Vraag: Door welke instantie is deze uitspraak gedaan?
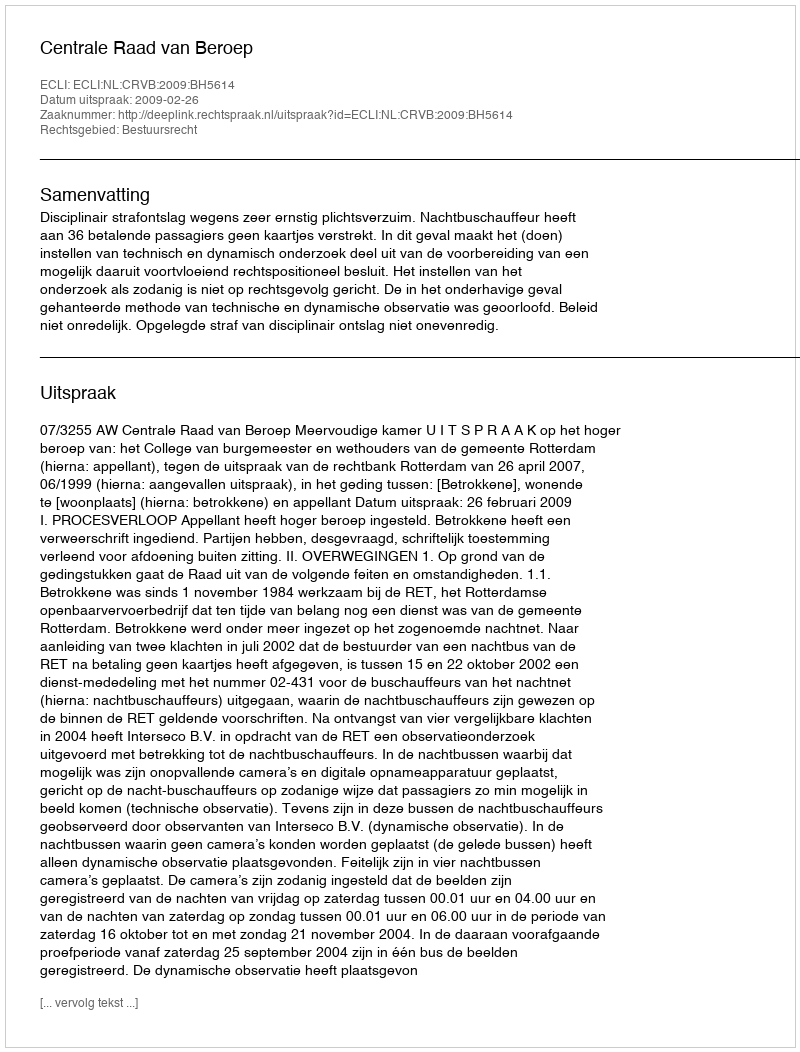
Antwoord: Centrale Raad van Beroep